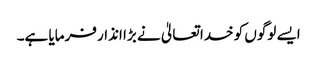
ایسے لوگوں کو خدا تعالیٰ نے بڑا انذار فرمایا ہے۔